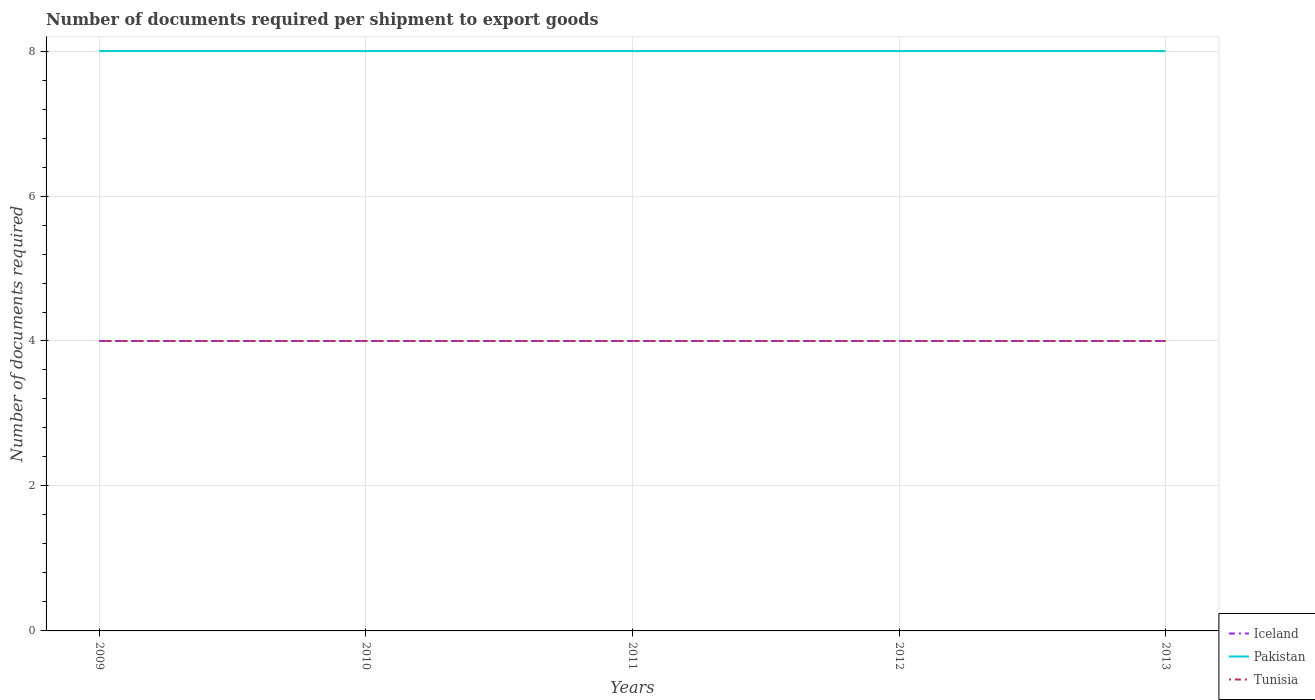
| Years | Iceland | Pakistan | Tunisia |
 | --- | --- | --- | --- |
 | 2009 | 4 | 8 | 4 |
 | 2010 | 4 | 8 | 4 |
 | 2011 | 4 | 8 | 4 |
 | 2012 | 4 | 8 | 4 |
 | 2013 | 4 | 8 | 4 |